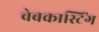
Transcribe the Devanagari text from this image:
वेबकास्टिंग